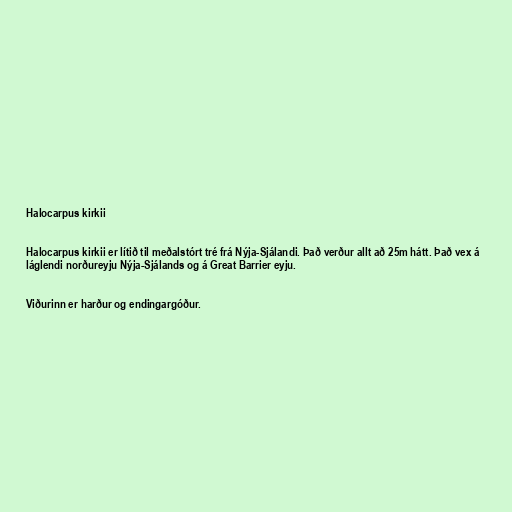
Halocarpus kirkii

Halocarpus kirkii er lítið til meðalstórt tré frá Nýja-Sjálandi. Það verður allt að 25m hátt. Það vex á
láglendi norðureyju Nýja-Sjálands og á Great Barrier eyju.

Viðurinn er harður og endingargóður.